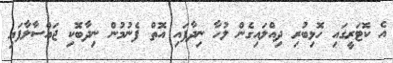
އެ ކޮޓަރީގައި ހޮޅިބުރި ދިއްލައިގެން ލުހާ ނިދާފައި އޮތް ފެނުމުން ނިދާބޮކި ޖައްސާލާފައި